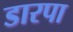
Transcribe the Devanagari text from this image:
डारपा